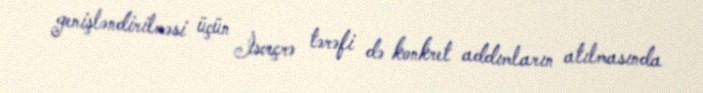
genişləndirilməsi üçün İsveçrə tərəfi də konkret addımların atılmasında